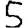
Digit: 5